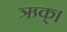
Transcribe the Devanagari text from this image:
ऋक्।